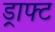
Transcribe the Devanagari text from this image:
ड्राफ्‍ट